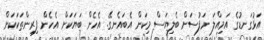
އަޅުގަނޑުގެ އަމިއްލަ ނަފުސަށް ބެލިޔަސް މިކަން އެބައެނގޭ. އެހެން ބަޔަކަށް އެހެން ފިރިންތަކަކަށް